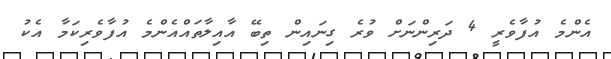
އެންމެ އުފާވެރީ 4 ދަރިންނަށް ވުރެ ގިނައިން ތިބޭ އާއިލާތައްއެންމެ އުފާވެރިކަމާ އެކު